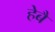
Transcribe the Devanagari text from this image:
हेबै